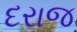
દરાજ